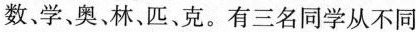
数、学、奥、林、匹、克。有三名同学从不同